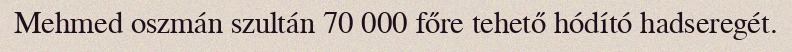
Mehmed oszmán szultán 70 000 főre tehető hódító hadseregét.